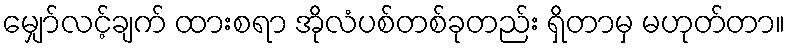
မျှော်လင့်ချက် ထားစရာ အိုလံပစ်တစ်ခုတည်း ရှိတာမှ မဟုတ်တာ။